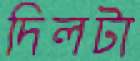
দিলটা